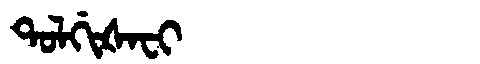
Manchu: ᡨᠣᠯᡤᡳᡧᠠᠸᡳ
Romanization: TOLGIŠAFI